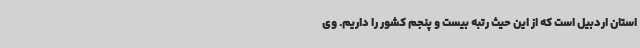
استان اردبیل است که از این حیث رتبه بیست و پنجم کشور را داریم. وی